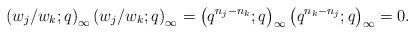
LaTeX: \begin{align*}\left(w_j/w_k;q\right)_\infty\left(w_j/w_k;q\right)_\infty=\left(q^{n_j-n_k};q\right)_\infty\left(q^{n_k-n_j};q\right)_\infty=0.\end{align*}